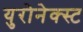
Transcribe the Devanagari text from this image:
युरोनेक्स्ट